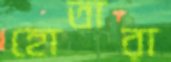
হোতারা